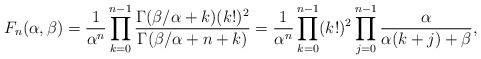
LaTeX: \begin{align*}F_n(\alpha,\beta)=\frac{1}{\alpha^n}\prod_{k=0}^{n-1}\frac{\Gamma(\beta/\alpha + k)(k!)^2}{\Gamma(\beta/\alpha +n+k)} = \frac{1}{\alpha^n}\prod_{k=0}^{n-1}(k!)^2\prod_{j=0}^{n-1}\frac{\alpha}{\alpha(k+j)+\beta},\end{align*}